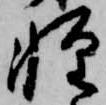
軽